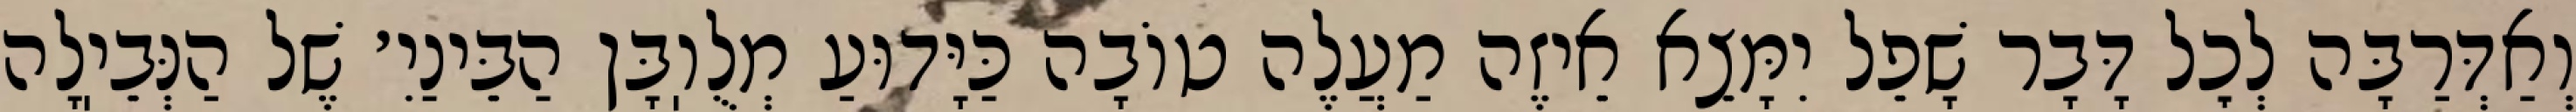
וְאַדְּרַבָּה לְכׇל דָּבָר שָׁפֵל יִמָּצֵא אֵיזֶה מַעֲלֶה טוֹבָה כַּיָּדוּעַ מְלֻוֽבָּן הַבֵּינַיִ׳ שֶׁל הַנְּבֵיֽלָה